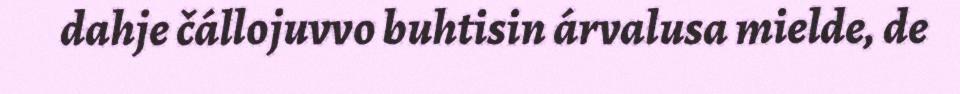
dahje čállojuvvo buhtisin árvalusa mielde, de